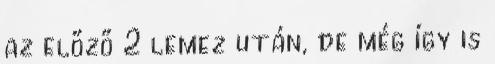
az előző 2 lemez után, de még í­gy is